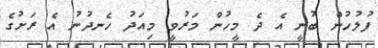
ފުލުހުން ބުނީ އެ ދެ މީހުން މަރުވީ މިއަދު ހެނދުނު އެ ރަށުގެ